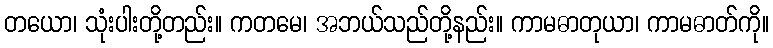
တယော၊ သုံးပါးတို့တည်း။ ကတမေ၊ အဘယ်သည်တို့နည်း။ ကာမဓာတုယာ၊ ကာမဓာတ်ကို။